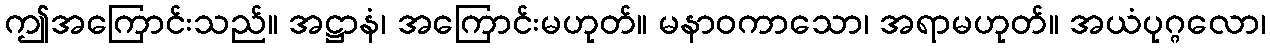
ဤအကြောင်းသည်။ အဋ္ဌာနံ၊ အကြောင်းမဟုတ်။ မနာဝကာသော၊ အရာမဟုတ်။ အယံပုဂ္ဂလော၊